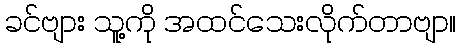
ခင်ဗျား သူ့ကို အထင်သေးလိုက်တာဗျာ။